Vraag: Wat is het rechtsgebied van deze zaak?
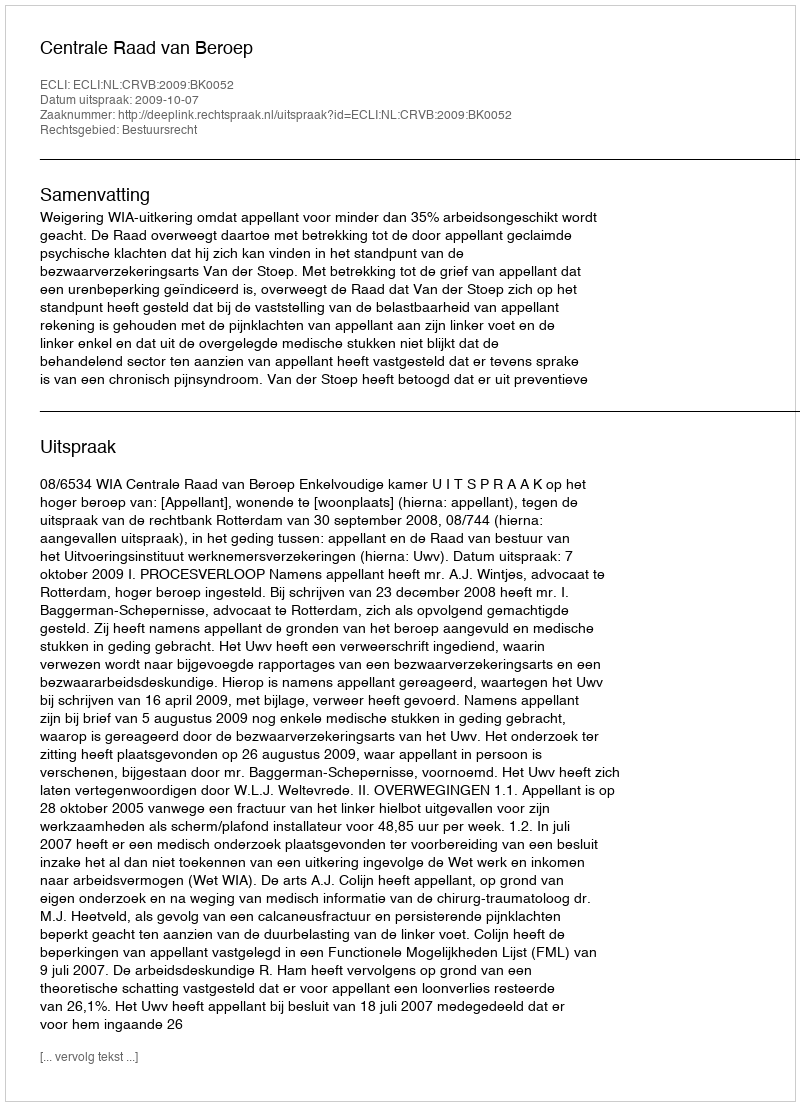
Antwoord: Bestuursrecht